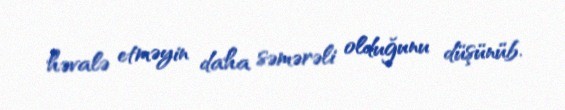
həvalə etməyin daha səmərəli olduğunu düşünüb.